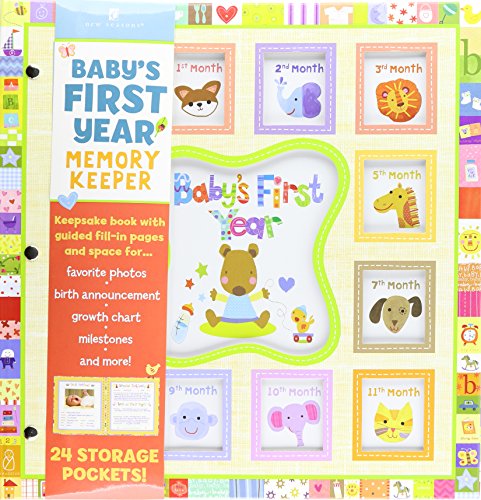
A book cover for Baby's First Year Gender Neutral Pocketful of Memories; Publications International; Crafts, Hobbies & Home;